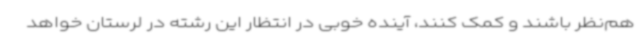
هم‌نظر باشند و کمک کنند، آینده خوبی در انتظار این رشته در لرستان خواهد